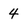
Character: 4